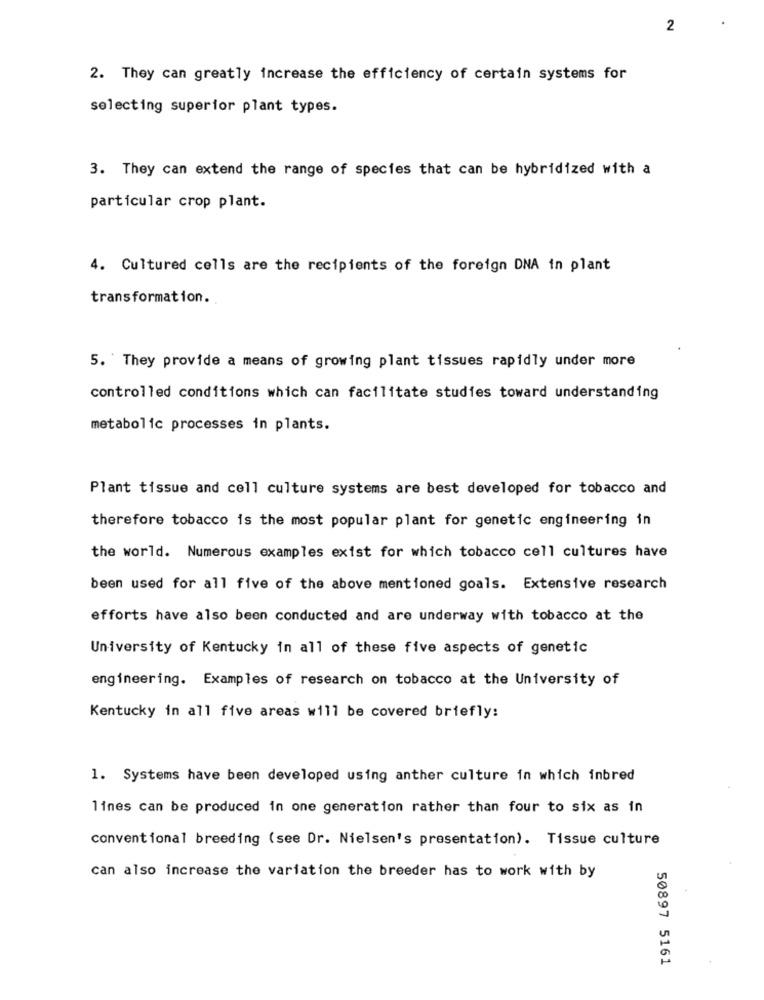
2
2. They can greatly increase the efficiency of certain systems for
selecting superior plant types.
3. They can extend the range of species that can be hybridized with a
particular crop plant.
4. Cultured cells are the recipients of the foreign DNA in plant
transformation.
5. They provide a means of growing plant tissues rapidly under more
controlled conditions which can facilitate studies toward understanding
metabolic processes in plants.
Plant tissue and cell culture systems are best developed for tobacco and
therefore tobacco is the most popular plant for genetic engineering in
the world. Numerous examples exist for which tobacco cell cultures have
been used for all five of the above mentioned goals. Extensive research
efforts have also been conducted and are underway with tobacco at the
University of Kentucky in all of these five aspects of genetic
engineering. Examples of research on tobacco at the University of
Kentucky in all five areas will be covered briefly:
1. Systems have been developed using anther culture in which inbred
lines can be produced in one generation rather than four to six as in
conventional breeding (see Dr. Nielsen's presentation). Tissue culture
can also increase the variation the breeder has to work with by
50897 5161